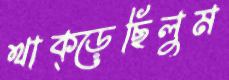
থাক্‌ড়েছিলুম